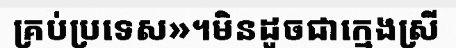
គ្រប់ប្រទេស»។មិនដូចជាក្មេងស្រី